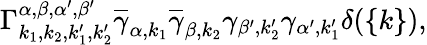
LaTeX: \Gamma_{{k_{1}},{k_{2}},{{k}_{1}^{\prime}},{{k}_{2}^{\prime}}}^{\alpha,\beta,\alpha^{\prime},\beta^{\prime}}\overline{{\gamma}}_{\alpha,{k}_{1}}\overline{{\gamma}}_{\beta,{k}_{2}}\gamma_{\beta^{\prime},{k}_{2}^{\prime}}\gamma_{\alpha^{\prime},{k}_{1}^{\prime}}\delta(\{ k\} ),